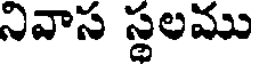
నివాస స్థలము